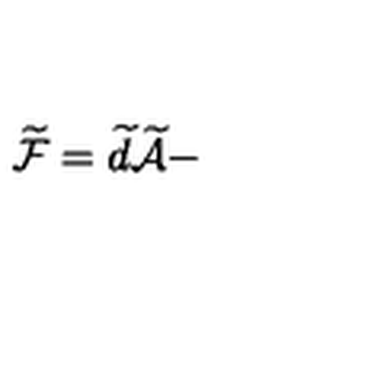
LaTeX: \widetilde { \mathcal { F } } = \widetilde { d } \widetilde { \mathcal { A } } -